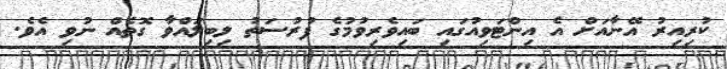
ކުރިއިރު އޭނާއަށް އެ އިންޓަވިއުގައި ބައިވެރިވުމުގެ ފުރުސަތު ލިބިލައްވާ ގޮތެއް ނުވި އެވެ.